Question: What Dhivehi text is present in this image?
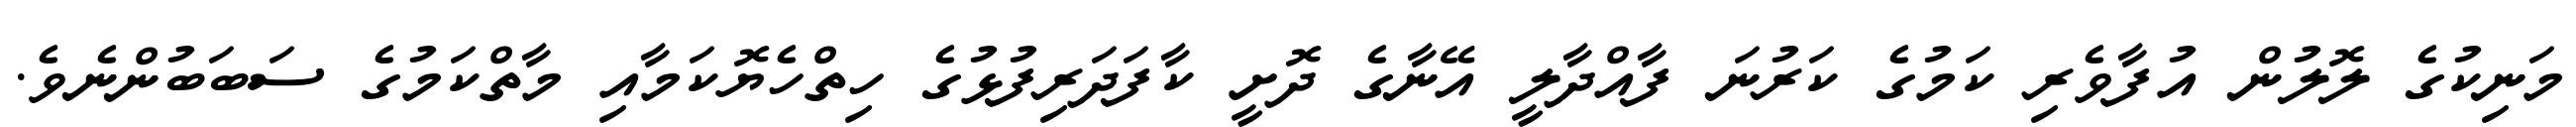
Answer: މަނިކުގެ ލޮލުން އުފާވެރި ކަމުގެ ކަރުނަ ފާއްދާލީ އޭނާގެ ދޮށީ ކާފަދަރިފުޅުގެ ހިތްހެޔޮކަމާއި މާތްކަމުގެ ސަބަބުންނެވެ.